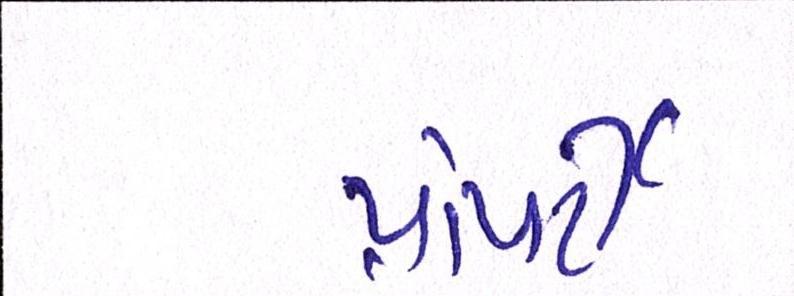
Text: પ્રોપર્ટી